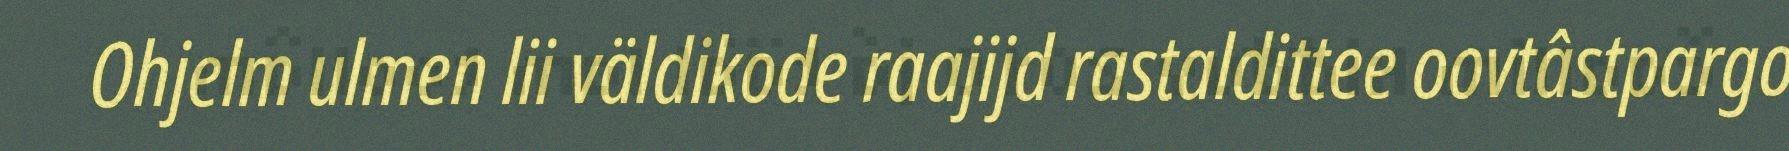
Ohjelm ulmen lii väldikode raajijd rastaldittee oovtâstpargo